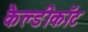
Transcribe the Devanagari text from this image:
कैल्डीकॉट